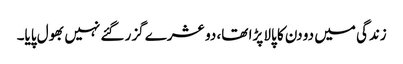
زندگی میں دو دن کا پالا پڑا تھا، دو عشرے گزر گئے نہیں بھول پایا۔